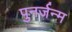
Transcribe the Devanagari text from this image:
पुनर्जन्‍म